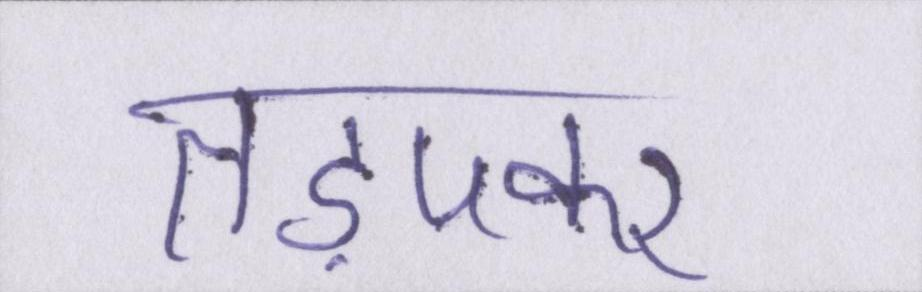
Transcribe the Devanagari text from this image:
तड़पकर